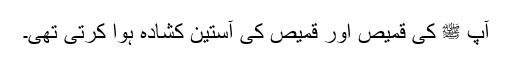
آپ ﷺ کی قمیص اور قمیص کی آستین کشادہ ہوا کرتی تھی۔